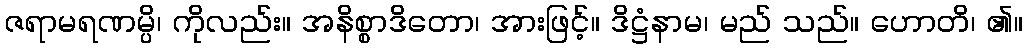
ဇရာမရဏမ္ပိ၊ ကိုလည်း။ အနိစ္စာဒိတော၊ အားဖြင့်။ ဒိဋ္ဌံနာမ၊ မည် သည်။ ဟောတိ၊ ၏။